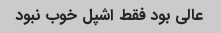
عالی بود فقط اشپل خوب نبود